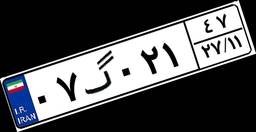
۰۷گ۰۲۱۴۷